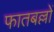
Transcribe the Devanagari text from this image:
फातबल्लों